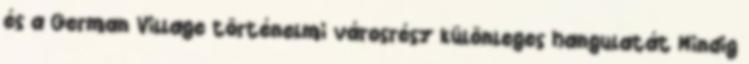
és a German Village történelmi városrész különleges hangulatát Mindig